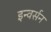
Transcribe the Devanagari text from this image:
इन्वर्सन